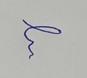
Signature authenticity: forged